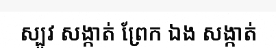
ស្បូវ សង្កាត់ ព្រែក ឯង សង្កាត់